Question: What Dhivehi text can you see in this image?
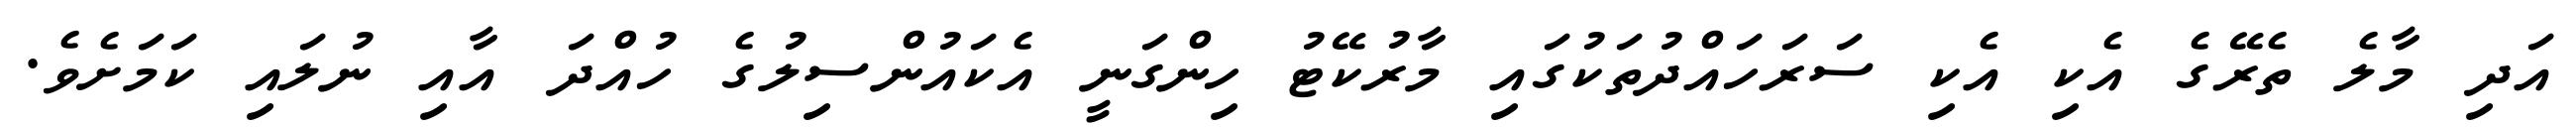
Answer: އަދި މާލެ ތެރޭގެ އެކި އެކި ސަރަހައްދުތަކުގައި މާރުކޭޓު ހިންގަނީ އެކައުންސިލުގެ ހުއްދަ އާއި ނުލައި ކަމަށެވެ.